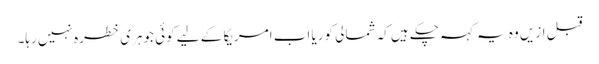
قبل ازیں وہ یہ کہہ چکے ہیں کہ شمالی کوریا اب امریکا کے لیے کوئی جوہری خطرہ نہیں رہا۔